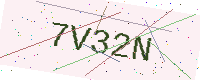
Text: 7V32N